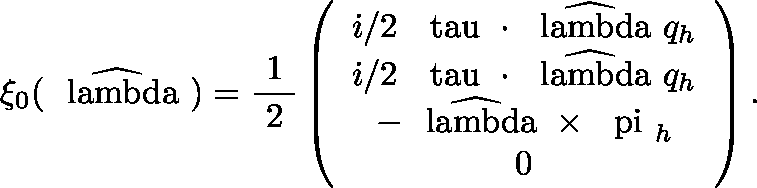
\xi _ { 0 } ( \widehat { \mathrm { \boldmath ~ \ l a m b d a ~ } } ) = \mathrm { \frac { ~ 1 ~ } { ~ 2 ~ } } \left( \begin{array} { c } { { \dot { \imath } / 2 \; \mathrm { \boldmath ~ \ t a u ~ } \cdot \widehat { \mathrm { \boldmath ~ \ l a m b d a ~ } } q _ { h } } } \\ { { \dot { \imath } / 2 \; \mathrm { \boldmath ~ \ t a u ~ } \cdot \widehat { \mathrm { \boldmath ~ \ l a m b d a ~ } } q _ { h } } } \\ { { - \widehat { \mathrm { \boldmath ~ \ l a m b d a ~ } } \times \mathrm { \boldmath ~ \ p i ~ } _ { h } } } \\ { { 0 } } \end{array} \right) .